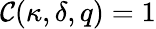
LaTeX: \mathcal{C}(\kappa,\delta,q)=1